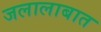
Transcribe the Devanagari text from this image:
जलालाबात